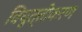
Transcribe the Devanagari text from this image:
विघुत्तीकरण